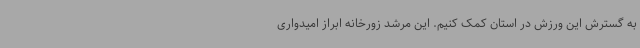
به گسترش این ورزش در استان کمک کنیم. این مرشد زورخانه ابراز امیدواری